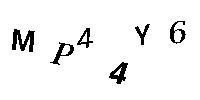
MP44Y6